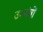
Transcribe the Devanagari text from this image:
उपयंत्रों